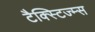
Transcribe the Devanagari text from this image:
टैक्स्टिज्म्स